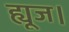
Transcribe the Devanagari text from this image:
ह्यूज।